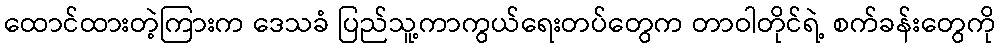
ထောင်ထားတဲ့ကြားက ဒေသခံ ပြည်သူ့ကာကွယ်ရေးတပ်တွေက တာဝါတိုင်ရဲ့ စက်ခန်းတွေကို